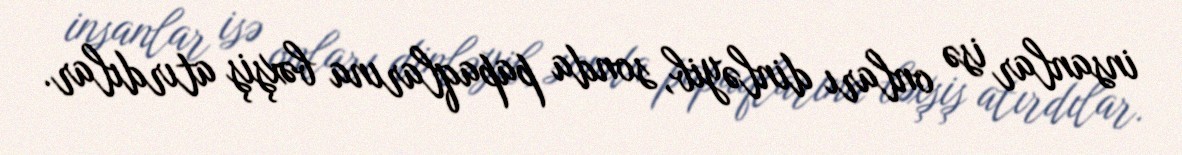
insanlar isə onları dinləyib, sonda papaqlarına bəxşiş atırdılar.